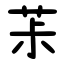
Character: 茮